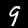
Digit: 9